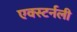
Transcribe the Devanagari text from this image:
एक्स्टर्नली